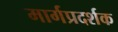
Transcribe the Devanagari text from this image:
मार्गप्रदर्शक